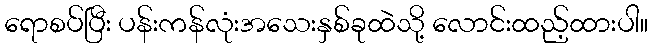
ရောစပ်ပြီး ပန်းကန်လုံးအသေးနှစ်ခုထဲသို့ လောင်းထည့်ထားပါ။